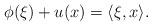
LaTeX: \begin{align*} \phi(\xi) + u(x) = \langle \xi, x \rangle.\end{align*}